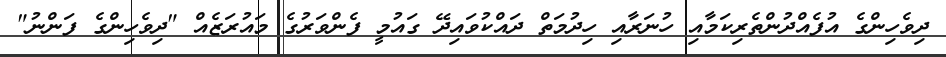
ދިވެހިންގެ އުފެއްދުންތެރިކަމާއި ހުނަރާއި ހިދުމަތް ދައްކުވައިދޭ ގައުމީ ފެންވަރުގެ މައުރަޒެއް "ދިވެހިންގެ ފަންނު"